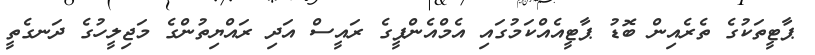
ޕާޓީތަކުގެ ތެރެއިން ބޮޑު ޕާޓީއެއްކަމުގައި އެމްއެންޕީގެ ރައީސް އަދި ރައްޔިތުންގެ މަޖިލީހުގެ ދަނގެތީ